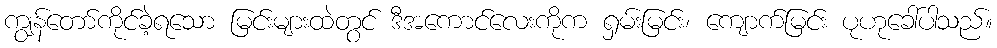
ကျွန်တော်ကိုင်ခဲ့ရသော မြင်းများထဲတွင် ဒီအကောင်လေးကိုက ရှမ်းမြင်း၊ ကျောက်မြင်း ပုဟုခေါ်ပါသည်။